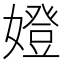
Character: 嬁